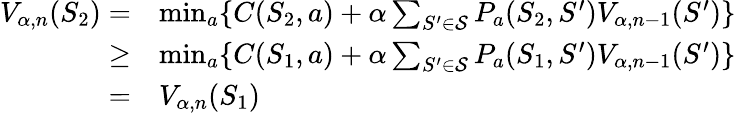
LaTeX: \begin{array}{rl}{V_{\alpha,n}(S_{2})=}&{\operatorname*{min}_{a}\{ C(S_{2},a)+\alpha\sum_{S^{\prime}\in{\mathcal{S}}}P_{a}(S_{2},S^{\prime})V_{\alpha,n-1}(S^{\prime})\} }\\ {\geq}&{\operatorname*{min}_{a}\{ C(S_{1},a)+\alpha\sum_{S^{\prime}\in{\mathcal{S}}}P_{a}(S_{1},S^{\prime})V_{\alpha,n-1}(S^{\prime})\} }\\ {=}&{V_{\alpha,n}(S_{1})}\end{array}